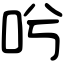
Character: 𠯋